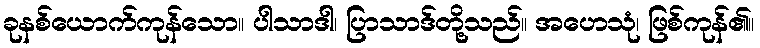
ခုနစ်ယောက်ကုန်သော။ ပါသာဒါ၊ ပြာသာဒ်တို့သည်။ အဟေသုံ၊ ဖြစ်ကုန်၏။